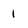
Character: 1